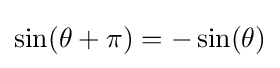
\sin(\theta +\pi )=-\sin(\theta )